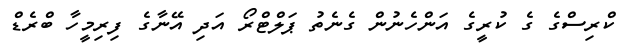
ކްރިސްގެ ގެ ކުރީގެ އަންހެނުން ގެނެތު ޕަލްޓްރޯ އަދި އޭނާގެ ފިރިމީހާ ބްރެޑް